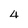
Character: 4